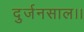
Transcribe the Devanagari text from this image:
दुर्जनसाल।।